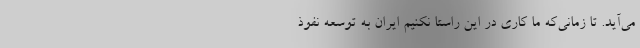
می‌آید. تا زمانی‌که ما کاری در این راستا نکنیم ایران به توسعه نفوذ